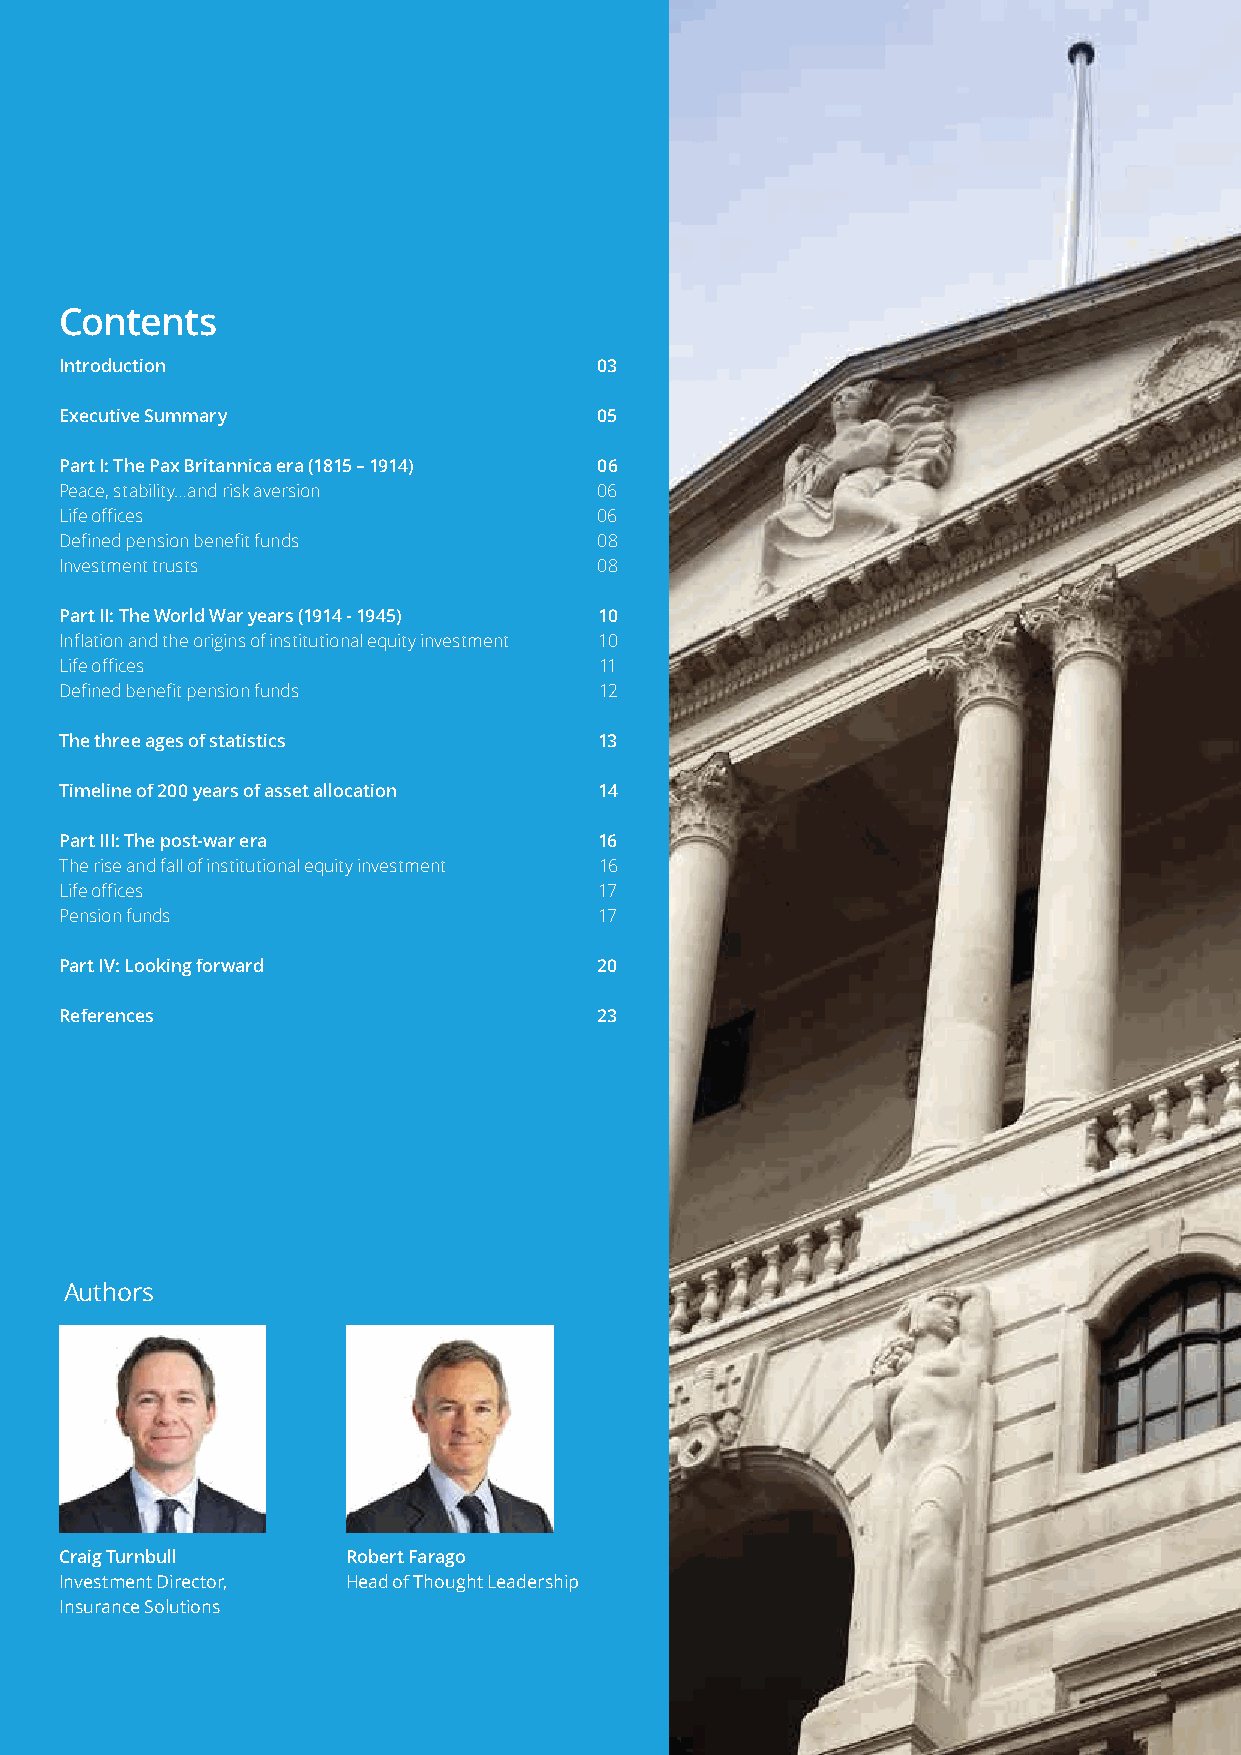
2     200 Years of asset allocation
 Contents
 Introduction                        03
 Executive Summary                   05
 Part I: The Pax Britannica era (1815 – 1914) 06
 Peace, stability…and risk aversion  06
 Life offices                        06
 Defined pension benefit funds       08
 Investment trusts                   08
 Part II: The World War years (1914 - 1945) 10
 Inflation and the origins of institutional equity investment 10
 Life offices                        11
 Defined benefit pension funds       12
 The three ages of statistics        13
 Timeline of 200 years of asset allocation 14
 Part III: The post-war era          16
 The rise and fall of institutional equity investment 16
 Life offices                        17
 Pension funds                       17
 Part IV: Looking forward            20
 References                         23
 Authors
 Craig Turnbull     Robert Farago
 Investment Director, Head of Thought Leadership
 Insurance Solutions